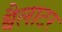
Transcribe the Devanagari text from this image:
बैलाटर